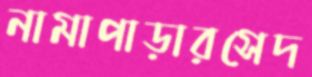
নামাপাড়ারসেদ